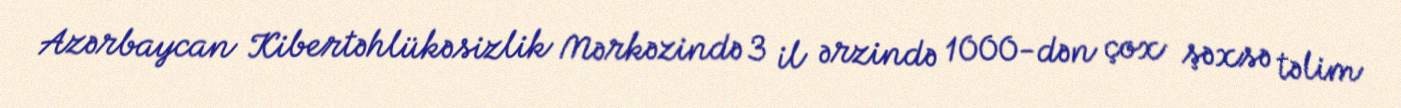
Azərbaycan Kibertəhlükəsizlik Mərkəzində 3 il ərzində 1000-dən çox şəxsə təlim